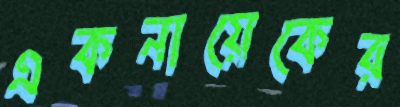
একনায়েকের